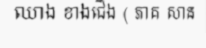
ឈាង ខាងជើង ( ភាគ សាន